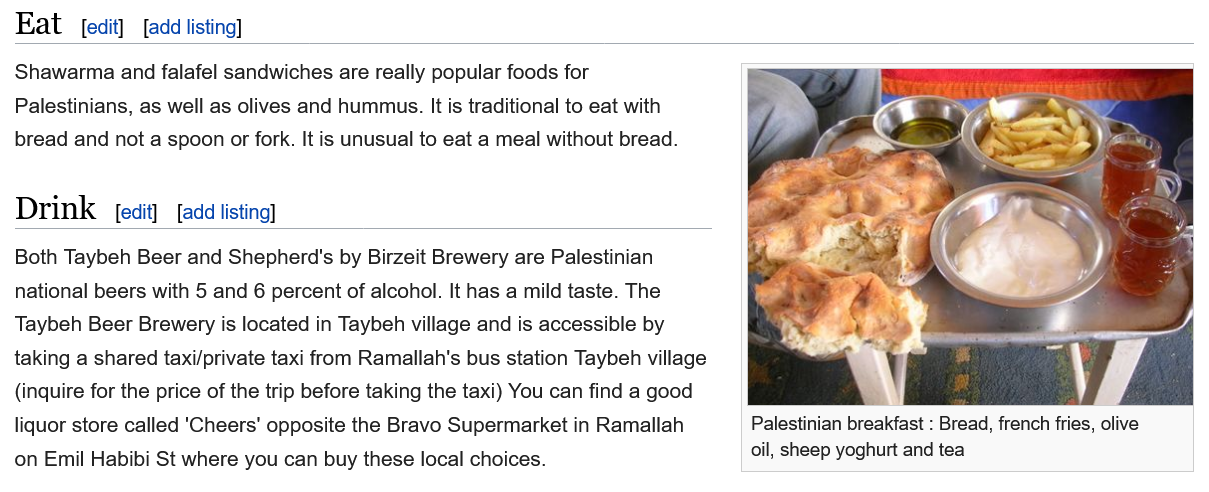
Eat
  Shawarma and falafel sandwiches are really popular foods for
  Palestinians, as well as olives and hummus. It is traditional to eat with
  bread and not a spoon or fork. It is unusual to eat a meal without bread.
  Drink
  Both Taybeh Beer and Shepherd's by Birzeit Brewery are Palestinian
  national beers with 5 and 6 percent of alcohol. It has a mild taste. The
  Taybeh Beer Brewery is located in Taybeh village and is accessible by
  taking a shared taxi/private taxi from Ramallah's bus station Taybeh village
  (inquire for the price of the trip before taking the taxi) You can find a good
  liquor store called 'Cheers' opposite the Bravo Supermarket in Ramallah
  on Emil Habibi St where you can buy these local choices.
     Palestinian breakfast : Bread, french fries, olive
     oil, sheep yoghurt and tea
     [edit] [add listing]
     add listing] [edit]